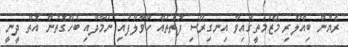
ރެޔާން ބިއްލޫރި މޭޒުމަތީގައިވާ އިނގިރޭސި ފޮތްތައް ހާވާލާފައި ނަމާދާއި ބެހޭގޮތުން އޮތް ދީނީ